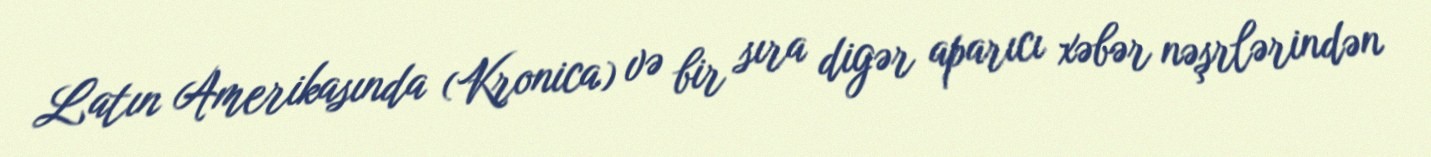
Latın Amerikasında (Kronica) və bir sıra digər aparıcı xəbər nəşrlərindən